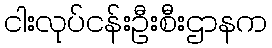
ငါးလုပ်ငန်းဦးစီးဌာနက